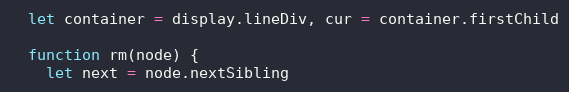
Language: JavaScript
  let container = display.lineDiv, cur = container.firstChild

  function rm(node) {
    let next = node.nextSibling